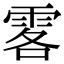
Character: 𩂣